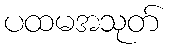
ပထမအသုတ်